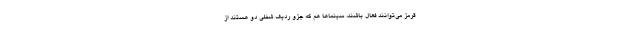
قرمز می‌توانند فعال باشند، سینماها هم که جزو ردیف شغلی دو هستند از